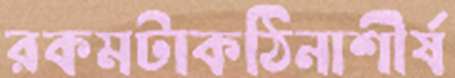
রকমটাকঠিনাশীর্ষ